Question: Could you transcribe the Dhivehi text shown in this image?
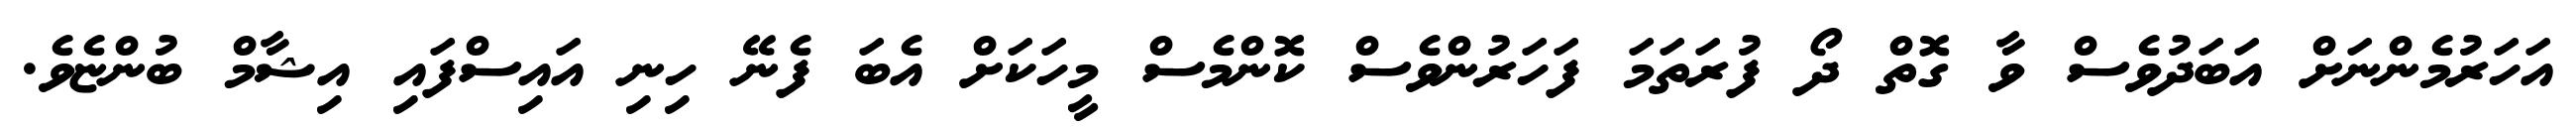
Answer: އަހަރުމެންނަށް އަބަދުވެސް ވާ ގޮތް ދޯ ފުރަތަމަ ފަހަރުންވެސް ކޮންމެސް މީހަކަށް އެބަ ފެނޭ ހިނި އައިސްފައި އިޝާމް ބުންޏެވެ.